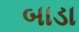
બાડા